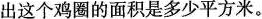
出这个鸡圈的面积是多少平方米。